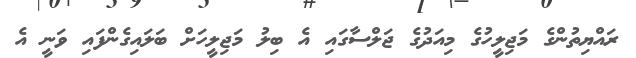
ރައްޔިތުންގެ މަޖިލީހުގެ މިއަދުގެ ޖަލްސާގައި އެ ބިލު މަޖިލީހަށް ބަލައިގެންފައި ވަނީ އެ